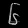
Digit: ၆